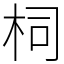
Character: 柌